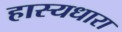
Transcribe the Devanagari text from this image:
हास्यधारा